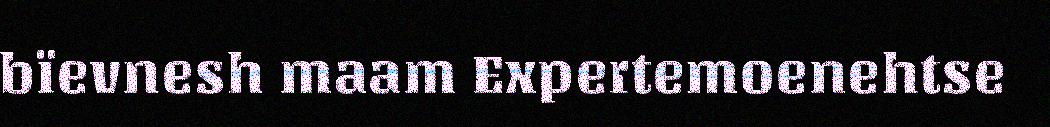
bïevnesh maam Expertemoenehtse